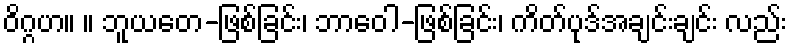
ဝိဂ္ဂဟ။ ။ ဘူယတေ-ဖြစ်ခြင်း၊ ဘာဝေါ-ဖြစ်ခြင်း၊ ကိတ်ပုဒ်အချင်းချင်း လည်း